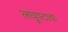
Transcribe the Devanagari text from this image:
लघुपटाचा